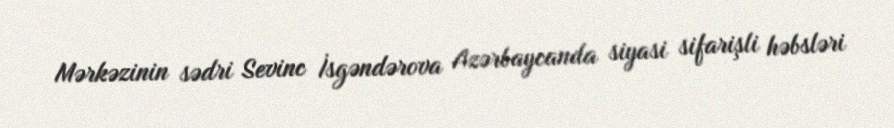
Mərkəzinin sədri Sevinc İsgəndərova Azərbaycanda siyasi sifarişli həbsləri